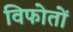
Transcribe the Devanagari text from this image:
विफोतों